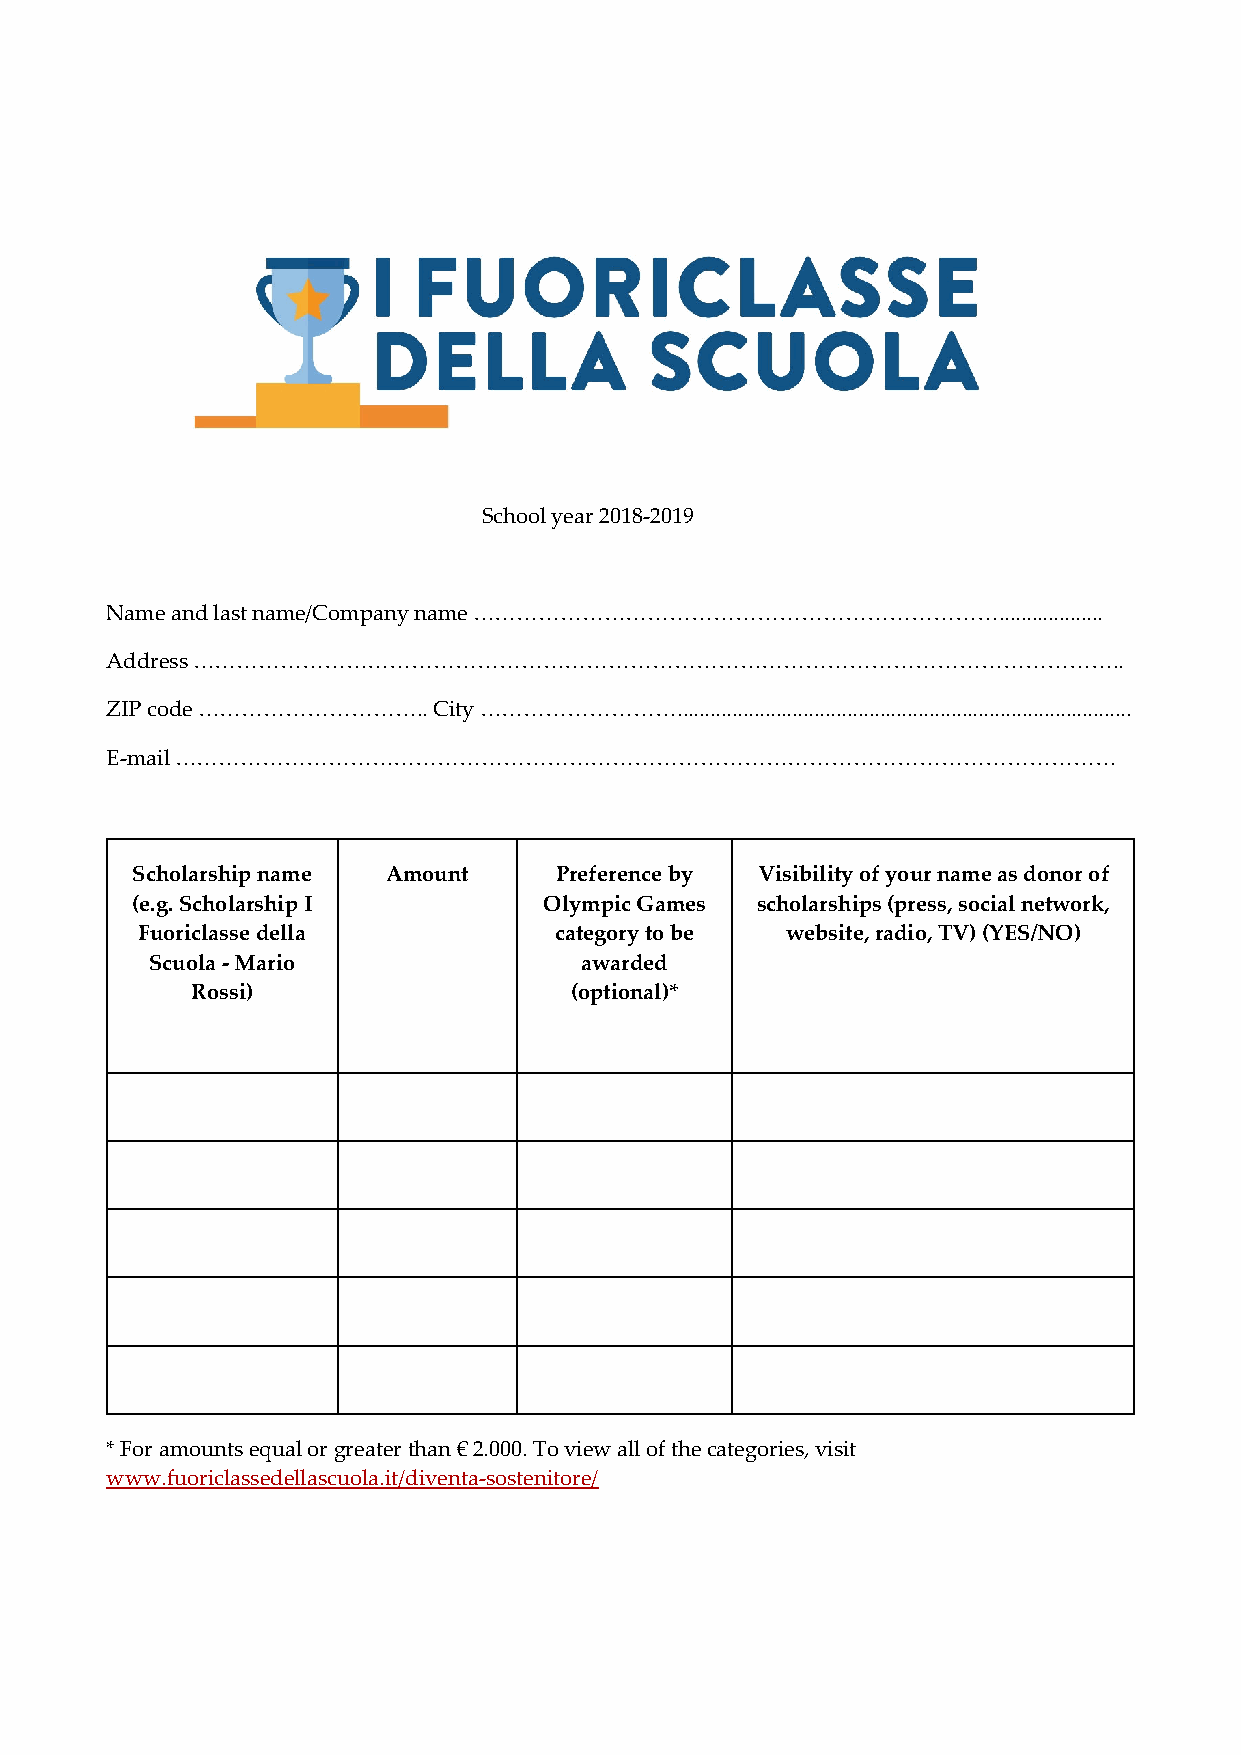
School year 2018‐2019
 Name and last name/Company name ………………………………………………………………...................
 Address ………………………………………………………………………………………………………………..
 ZIP code ………………………….. City ………………………...................................................................................
 E‐mail …………………………………………………………………………………………………………………
 Scholarship name Amount     Preference by Visibility of your name as donor of
 (e.g. Scholarship I        Olympic Games scholarships (press, social network,
 Fuoriclasse della           category to be website, radio, TV) (YES/NO)
 Scuola ‐ Mario              awarded
 Rossi)                   (optional)*
 * For amounts equal or greater than € 2.000. To view all of the categories, visit
 www.fuoriclassedellascuola.it/diventa‐sostenitore/